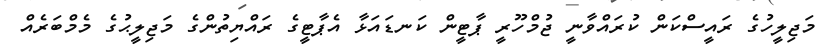
މަޖިލީހުގެ ރައީސްކަން ކުރައްވާނީ ޖުމްހޫރީ ޕާޓީން ކަނޑައަޅާ އެޕާޓީގެ ރައްޔިތުންގެ މަޖިލީޙުގެ މެމްބަރެއް